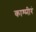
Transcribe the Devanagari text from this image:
काश्मीरं